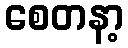
စေတနာ့